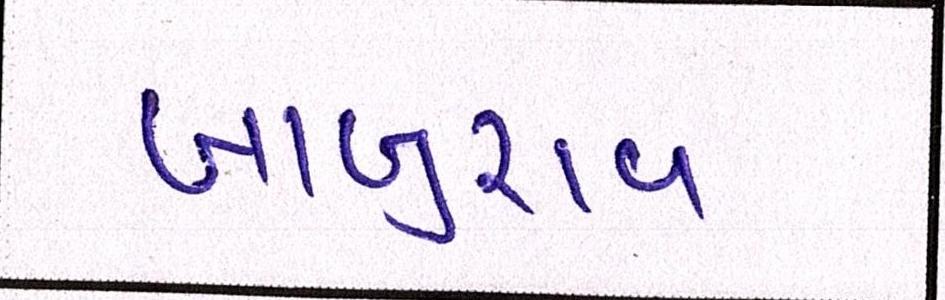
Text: બાબુરાવ